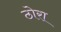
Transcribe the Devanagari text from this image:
ठोरा